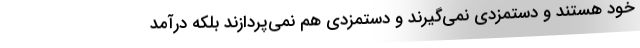
خود هستند و دستمزدی نمی‌گیرند و دستمزدی هم نمی‌پردازند بلکه درآمد